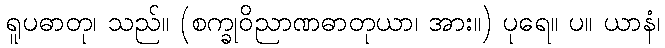
ရူပဓာတု၊ သည်။ (စက္ခုဝိညာဏဓာတုယာ၊ အား။) ပုရေ။ ပ။ ယာနံ၊